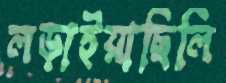
লড়াইয়াছিলি